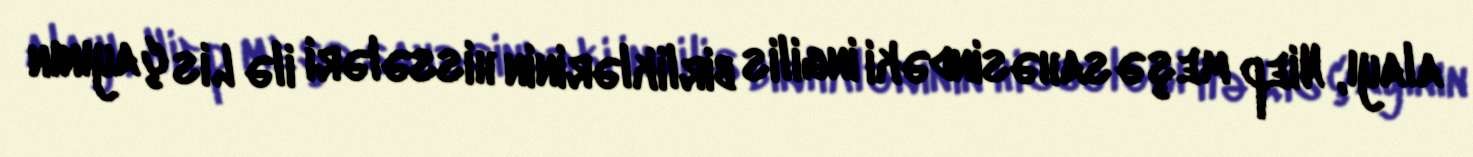
alayı, Niep meşə sahəsindəki ingilis birliklərinin hissələri ilə Lis çayının